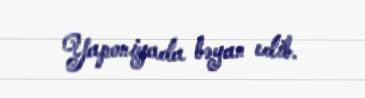
Yaponiyada bəyan edib.